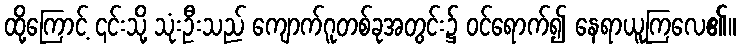
ထို့ကြောင့် ၎င်းသို့ သုံးဦးသည် ကျောက်ဂူတစ်ခုအတွင်း၌ ဝင်ရောက်၍ နေရာယူကြလေ၏။